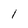
Character: l